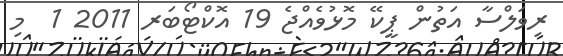
ރިވަލްސާ އަތުން ޕީކޭ މޮޅުވެއްޖެ 19 އޮކްޓޯބަރ 2011 1  މި